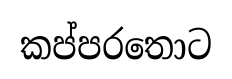
කප්පරතොට